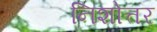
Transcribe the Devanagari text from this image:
निशोत्तर